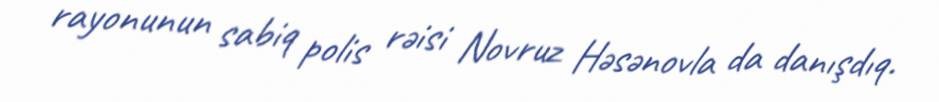
rayonunun sabiq polis rəisi Novruz Həsənovla da danışdıq.